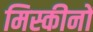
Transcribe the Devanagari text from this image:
मिस्कीनों